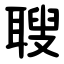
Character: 䏂